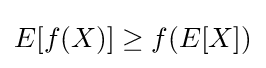
E[f(X)]\geq f(E[X])